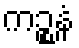
ကဉ္စနံ